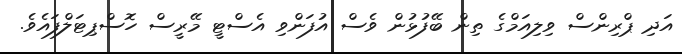
އަދި ޕްރިންސް ވިލިއަމްގެ ތިން ބޭފުޅުން ވެސް އުފަންވި އެސްޓީ މޭރީސް ހޮސްޕިޓަލްފައެވެ.